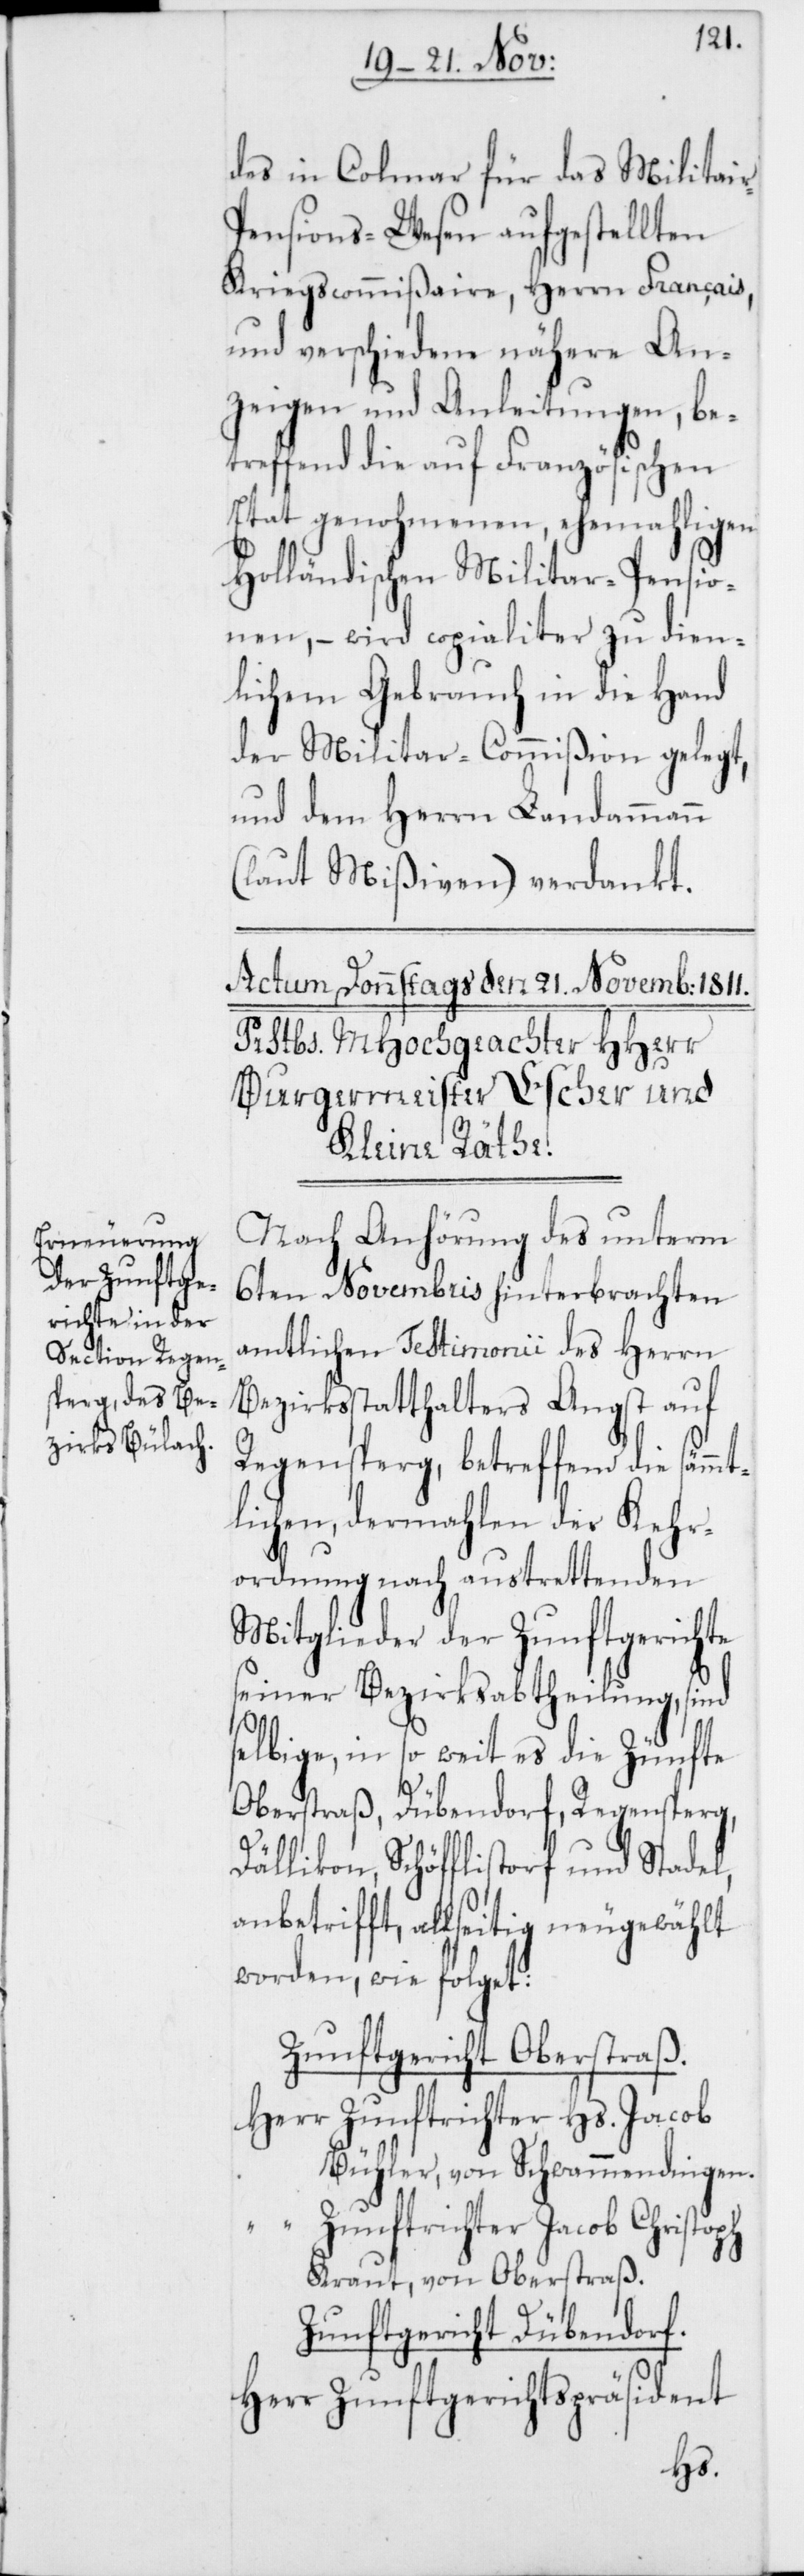
des in Colmar für das Militai¬
ensions-Wesen aufgestellten
Kriegscommißaire, Herrn Français,
und verschiedene nähere An¬
zeigen und Anleitungen, be¬
treffend die auf Französischen
Etat genohmenen ehemaligen
Holländischen Militar-Pensio¬
nen, – wird copialiter zu dien¬
lichem Gebrauch in die Hand
der Militar-Commißion gelegt,
und dem Herrn Landammann
(laut Mißiven) verdankt.
Nach Anhörung des unterm
6ten Novembris hinterbrachten
amtlichen Testimonii des Herrn
Bezirksstatthalters Angst auf
Regensperg, betreffend die sämmt¬
lichen, dermahlen der Kehr¬
ordnung nach austrettenden
Mitglieder der Zunftgerichte
seiner Bezirksabtheilung, sind
selbige, in so weit es die Zünfte
Oberstraß, Dübendorf, Regensperg,
Dällikon, Schöfflistorf und Stadel,
anbetrifft, allseitig neugewählt
worden, wie folget:
Zunftgericht Oberstraß.
Herr Zunftrichter Hs. Jacob
Bühler, von Schwamendingen.
“ Zunftrichter Jacob Christoph
Kraut, von Oberstraß.
Zunftgericht Dübendorf.
Herr Zunftgerichtspräsident
r-P¬